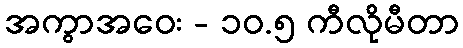
အကွာအဝေး - ၁၀.၅ ကီလိုမီတာ